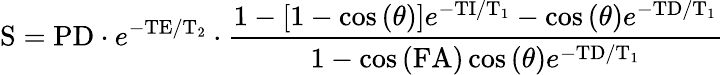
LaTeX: \mathrm{S}=\mathrm{PD}\cdot e^{-\mathrm{TE}/\mathrm{T}_{2}}\cdot\frac{1-\left[1-\cos\left(\theta\right)\right]e^{-\mathrm{TI}/\mathrm{T}_{1}}-\cos\left(\theta\right)e^{-\mathrm{TD}/\mathrm{T}_{1}}}{1-\cos\left(\mathrm{FA}\right)\cos\left(\theta\right)e^{-\mathrm{TD}/\mathrm{T}_{1}}}